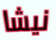
نيشا